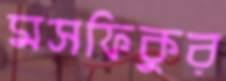
মসফিকুর